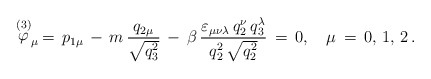
\begin{align*}\stackrel{(3)}{\varphi }_\mu \,=\,p_{1\mu }\,-\,m\,\frac{q_{2\mu }}{\sqrt{q_3^2}}\,-\,\beta \,\frac{\varepsilon_{\mu \nu\lambda }\,q_2^\nu\,q_3^\lambda }{q_2^2\,\sqrt{q_2^2}}\,=\,0, \quad \mu\,=\,0,\,1,\,2\,{.}\end{align*}